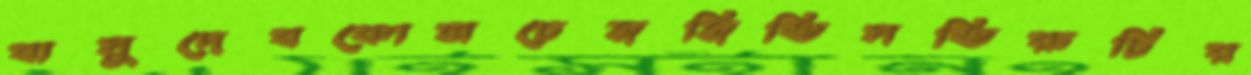
বাসুদেবকোলচেজজিতিসতিরুচির